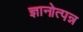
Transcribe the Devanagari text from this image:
ज्ञानोत्पन्न